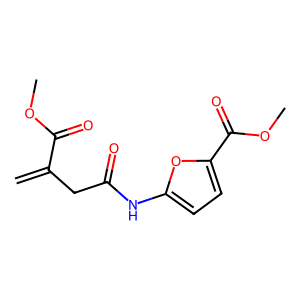
SMILES: C=C(CC(=O)Nc1ccc(C(=O)OC)o1)C(=O)OC
Inhibits HIV replication: No